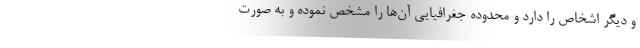
و دیگر اشخاص را دارد و محدوده جغرافیایی آن‌ها را مشخص نموده و به صورت